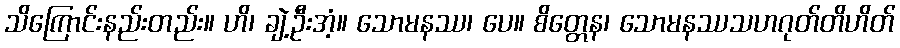
သိကြောင်းနည်းတည်း။ ဟိ၊ ချဲ့ဦးအံ့။ သောမနဿ၊ ပေ။ စိတ္တေန၊ သောမနဿသဟဂုတ်တိဟိတ်